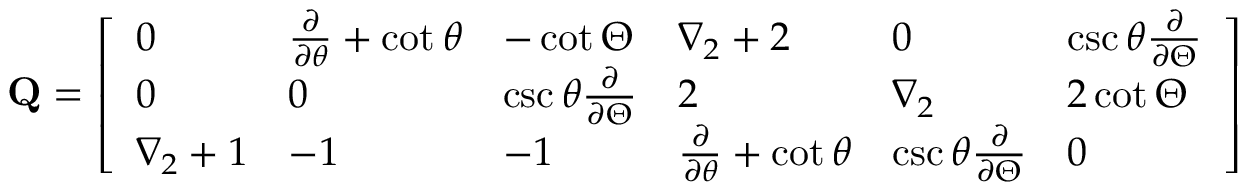
\mathbf { Q } = \left[ \begin{array} { l l l l l l } { 0 } & { \frac { \partial } { \partial \theta } + \cot \theta } & { - \cot \Theta } & { \nabla _ { 2 } + 2 } & { 0 } & { \csc \theta \frac { \partial } { \partial \Theta } } \\ { 0 } & { 0 } & { \csc \theta \frac { \partial } { \partial \Theta } } & { 2 } & { \nabla _ { 2 } } & { 2 \cot \Theta } \\ { \nabla _ { 2 } + 1 } & { - 1 } & { - 1 } & { \frac { \partial } { \partial \theta } + \cot \theta } & { \csc \theta \frac { \partial } { \partial \Theta } } & { 0 } \end{array} \right]